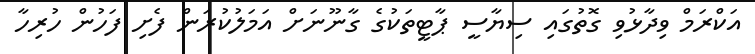
އަކްރަމް ވިދާޅުވި ގޮތުގައި ސިޔާސީ ޕާޓީތަކުގެ ގާނޫނަށް އަމަލުކުރަން ފެށި ފަހުން ހުރިހާ